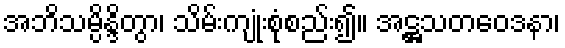
အဘိသမ္ပိန္ဒိတွာ၊ သိမ်းကျုံးစုံစည်း၍။ အဋ္ဌသတဝေဒနာ၊